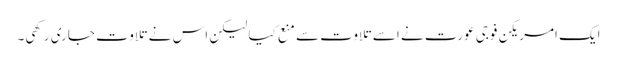
ایک امریکن فوجی عورت نے اسے تلاوت سے منع کیا لیکن اس نے تلاوت جاری رکھی۔